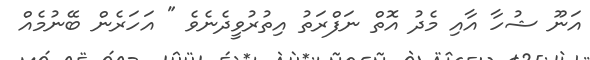
އަނޫ ޝުހާ އާއި މެދު އޮތް ނަފްރަތު އިތުރުވީދެނެވެ " އަހަރެން ބޭނުމެއް